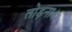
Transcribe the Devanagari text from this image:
तोड़ना।